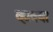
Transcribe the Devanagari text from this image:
व्हावया